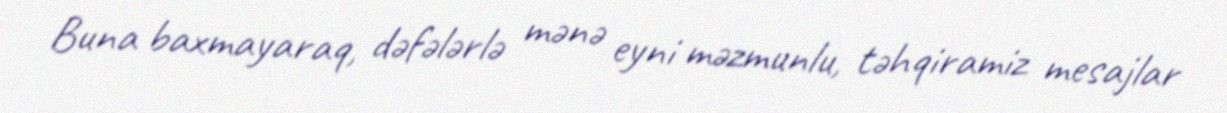
Buna baxmayaraq, dəfələrlə mənə eyni məzmunlu, təhqiramiz mesajlar